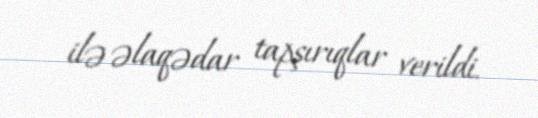
ilə əlaqədar tapşırıqlar verildi.